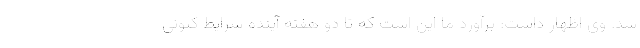
شد. وی اظهار داشت: برآورد ما این است که تا دو هفته آینده شرایط کنونی